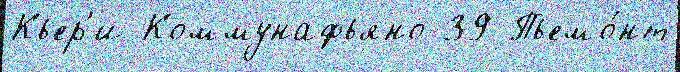
Кьер'и Коммунафьяно 39 Пьемо́нт